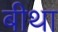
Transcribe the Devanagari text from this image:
बीथा